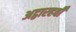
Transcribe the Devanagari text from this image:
अट्ठारहवीँ